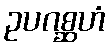
ဥပဂစ္ဆဟံ